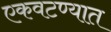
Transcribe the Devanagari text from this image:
एकवटण्यात